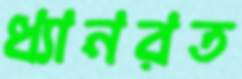
ধ্যানরত